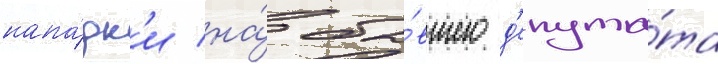
напа́дк'и на́ бы́вшего д'епута́та